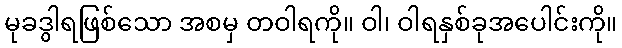
မုခဒွါရဖြစ်သော အစမှ တဝါရကို။ ဝါ၊ ဝါရနှစ်ခုအပေါင်းကို။